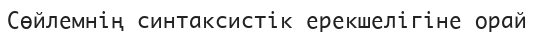
Сөйлемнің синтаксистік ерекшелігіне орай